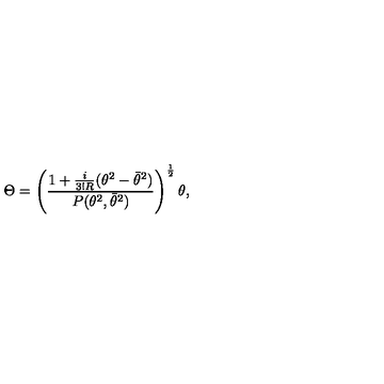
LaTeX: \Theta = \left( { \frac { 1 + { \frac { i } { 3 ! R } } ( \theta ^ { 2 } - \bar { \theta } ^ { 2 } ) } { P ( \theta ^ { 2 } , \bar { \theta } ^ { 2 } ) } } \right) ^ { \frac { 1 } { 2 } } \theta ,